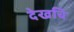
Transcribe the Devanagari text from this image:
देखचि